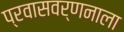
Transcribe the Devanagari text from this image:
प्रवासवर्णनाला